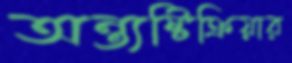
অন্ত্যষ্টিক্রিয়ার